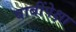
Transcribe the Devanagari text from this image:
बाबींपेक्षा